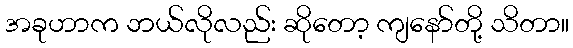
အခုဟာက ဘယ်လိုလည်း ဆိုတော့ ကျနော်တို့ သိတာ။